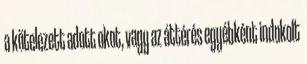
a kötelezett adott okot, vagy az áttérés egyébként indokolt